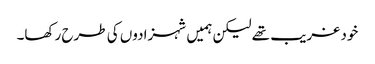
خود غریب تھے لیکن ہمیں شہزادوں کی طرح رکھا۔